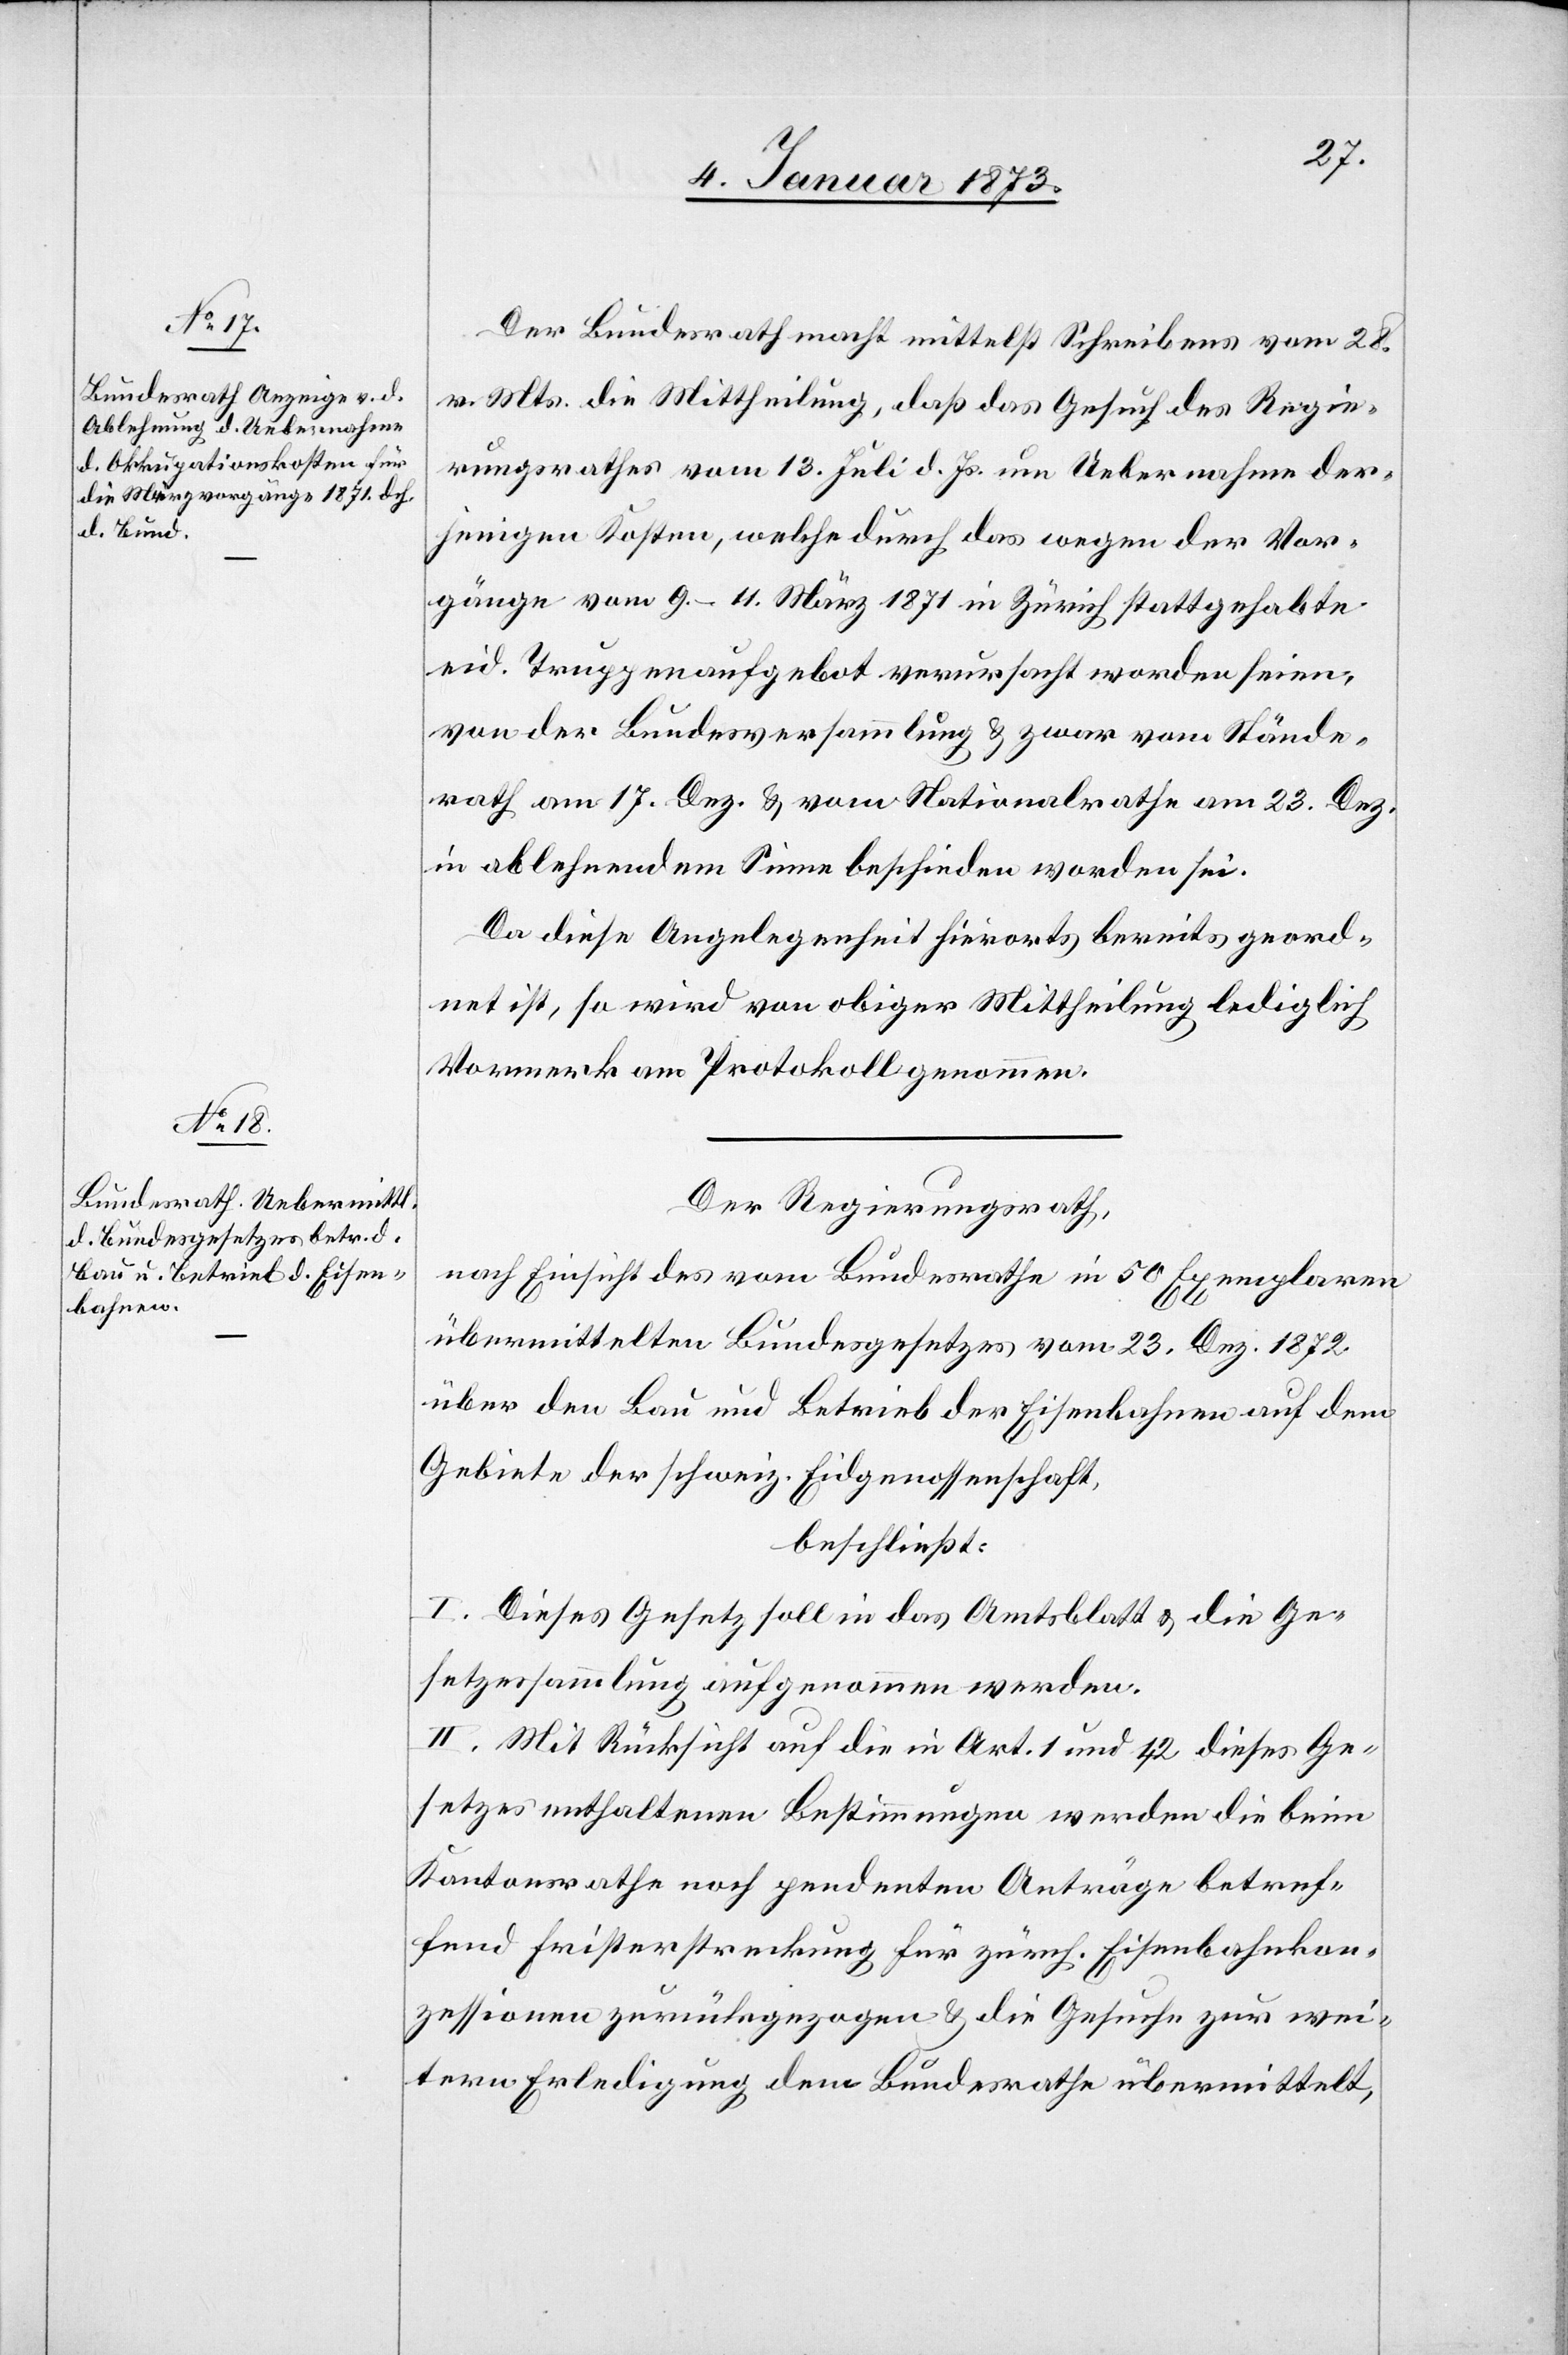
Der Bundesrath macht mittelß Schreibens vom 28.
v. Mts. die Mittheilung, daß das Gesuch des Regie¬
rungsrathes vom 13. Juli d. Js. um Uebernahme der¬
jenigen Kosten, welche durch das wegen der Vor¬
gänge vom 9. – 11. März 1871 in Zürich stattgehabte
eid. Truppenaufgebot verursacht worden seien,
von der Bundesversammlung & zwar vom Stände¬
rath am 17. Dez. & vom Nationalrathe am 23. Dez.
in ablehnendem Sinne beschieden worden sei.
Da diese Angelegenheit hierorts bereits geord¬
net ist, so wird von obiger Mittheilung lediglich
Vormerk am Protokoll genommen.
Der Regierungsrath,
nach Einsicht des vom Bundesrathe in 50 Exemplaren
übermittelten Bundesgesetzes vom 23. Dez. 1872
über den Bau und Betrieb der Eisenbahnen auf dem
Gebiete der schweiz. Eidgenossenschaft,
beschließt:
I. Dieses Gesetz soll in das Amtsblatt & die Ge¬
setzessammlung aufgenommen werden.
II. Mit Rücksicht auf die in Art. 1 und 42 dieses Ge¬
setzes enthaltenen Bestimmungen werden die beim
Kantonsrathe noch pendenten Anträge betref¬
fend Fristerstreckung für zürch. Eisenbahnkon¬
zessionen zurückgezogen & die Gesuche zur wei¬
tern Erledigung dem Bundesrath übermittelt,